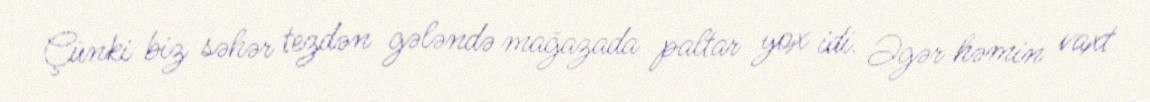
Çünki biz səhər tezdən gələndə mağazada paltar yox idi. Əgər həmin vaxt